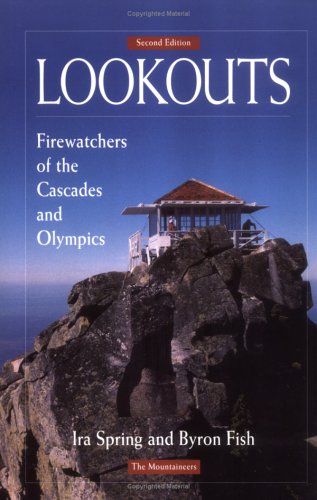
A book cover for Lookouts: Firewatchers of the Cascades and Olympics; Ira Spring; Science & Math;